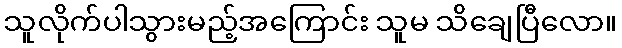
သူလိုက်ပါသွားမည့်အကြောင်း သူမ သိချေပြီလော။